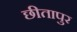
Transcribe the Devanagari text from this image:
छीतापुर